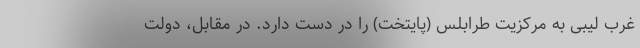
غرب لیبی به مرکزیت طرابلس (پایتخت) را در دست دارد. در مقابل، دولت